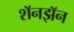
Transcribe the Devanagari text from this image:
शॅनझॅन